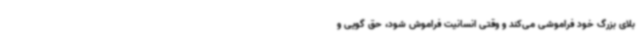
بلای بزرگ خود فراموشی می‌کند و وقتی انسانیت فراموش شود، حق گویی و